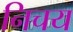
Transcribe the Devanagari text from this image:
निचय